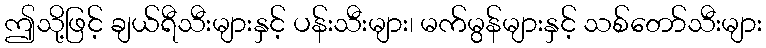
ဤသို့ဖြင့် ချယ်ရီသီးများနှင့် ပန်းသီးများ၊ မက်မွန်များနှင့် သစ်တော်သီးများ